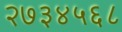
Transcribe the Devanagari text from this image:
२७३४५६८